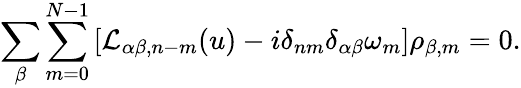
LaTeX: \sum_{\beta}\sum_{m=0}^{N-1}\left[\mathcal{L}_{\alpha\beta,n-m}(u)-i\delta_{nm}\delta_{\alpha\beta}\omega_{m}\right]\rho_{\beta,m}=0.